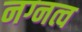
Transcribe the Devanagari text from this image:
नग्नत्व